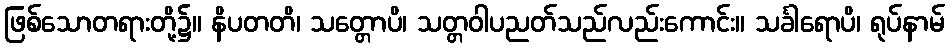
ဖြစ်သောတရားတို့၌။ နိပတတိ၊ သတ္တောပိ၊ သတ္တဝါပညတ်သည်လည်းကောင်း။ သင်္ခါရောပိ၊ ရုပ်နာမ်